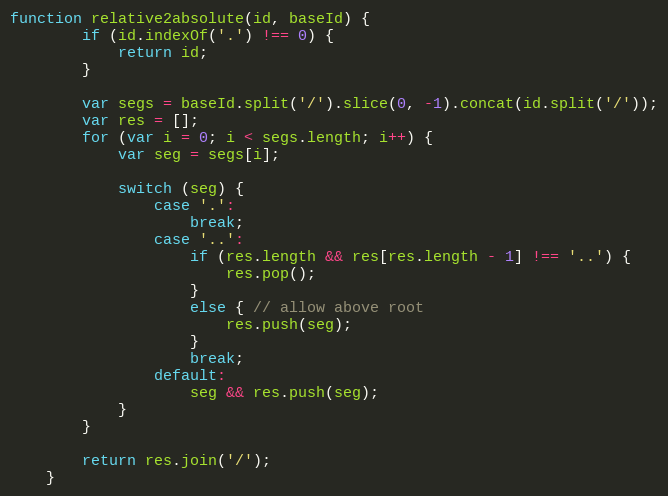
Language: JavaScript
function relative2absolute(id, baseId) {
        if (id.indexOf('.') !== 0) {
            return id;
        }

        var segs = baseId.split('/').slice(0, -1).concat(id.split('/'));
        var res = [];
        for (var i = 0; i < segs.length; i++) {
            var seg = segs[i];

            switch (seg) {
                case '.':
                    break;
                case '..':
                    if (res.length && res[res.length - 1] !== '..') {
                        res.pop();
                    }
                    else { // allow above root
                        res.push(seg);
                    }
                    break;
                default:
                    seg && res.push(seg);
            }
        }

        return res.join('/');
    }